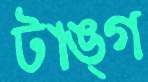
টাঙ্গ